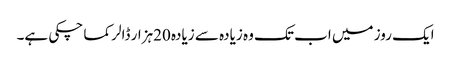
ایک روز میں اب تک وہ زیادہ سے زیادہ 20ہزار ڈالر کما چکی ہے۔